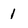
Character: 1